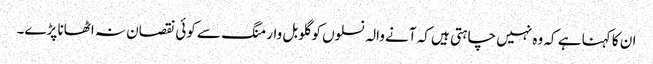
ان کا کہنا ہے کہ وہ نہیں چاہتی ہیں کہ آنے والہ نسلوں کو گلوبل وارمنگ سے کوئی نقصان نہ اٹھانا پڑے۔